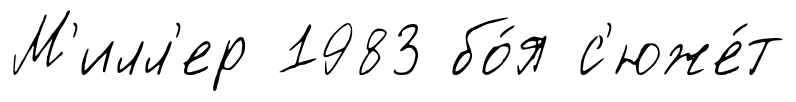
М'илл'ер 1983 бо́я с'юже́т